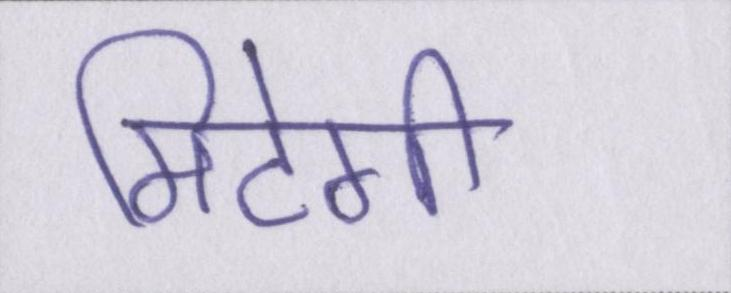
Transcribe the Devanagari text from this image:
मिटेगी